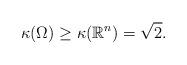
LaTeX: \begin{align*}\kappa(\Omega)\geq \kappa(\mathbb{R}^n) =\sqrt{2}.\end{align*}